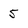
Character: 5